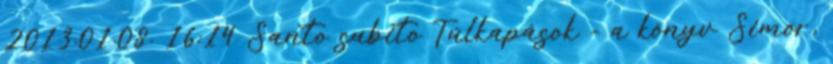
2013.01.08. 16:14 Santo subito Túlkapások - a könyv Simor,